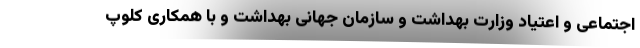
اجتماعی و اعتیاد وزارت بهداشت و سازمان جهانی بهداشت و با همکاری کلوپ